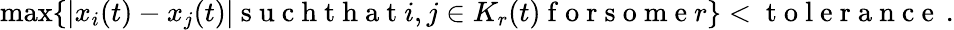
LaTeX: \operatorname*{max}\{ |x_{i}(t)-x_{j}(t)|\mathrm{~s~u~c~h~t~h~a~t~}i,j\in K_{r}(t)\mathrm{~f~o~r~s~o~m~e~}r\} <\mathrm{~t~o~l~e~r~a~n~c~e~}\, .